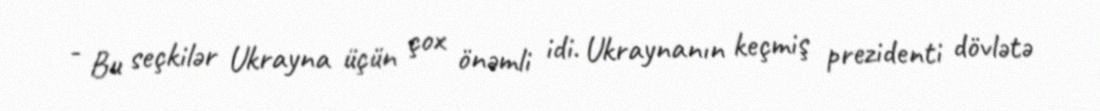
- Bu seçkilər Ukrayna üçün çox önəmli idi. Ukraynanın keçmiş prezidenti dövlətə